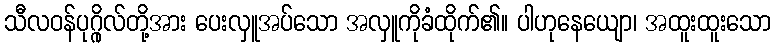
သီလဝန်ပုဂ္ဂိုလ်တို့အား ပေးလှူအပ်သော အလှူကိုခံထိုက်၏။ ပါဟုနေယျော၊ အထူးထူးသော